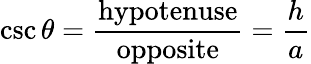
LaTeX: \csc\theta={\frac{\mathrm{hypotenuse}}{\mathrm{opposite}}}={\frac{h}{a}}